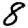
Digit: 8